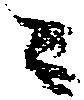
ニ